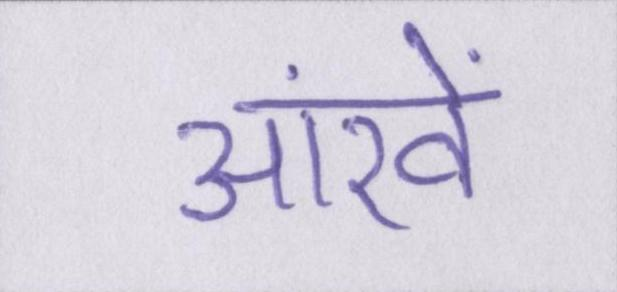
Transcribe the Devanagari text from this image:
आंखें